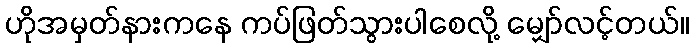
ဟိုအမှတ်နားကနေ ကပ်ဖြတ်သွားပါစေလို့ မျှော်လင့်တယ်။